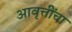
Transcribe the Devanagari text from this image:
आवृत्तींचा